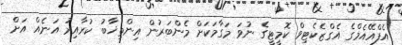
އެފްއޭއެމްގެ އެގްޒެކެޓިވް ކޮމީޓީގެ ނުވަ މަގާމަކަށް މެންބަރުން އިންތިޚާބު ކުރާއިރު އަނެއް އަށް